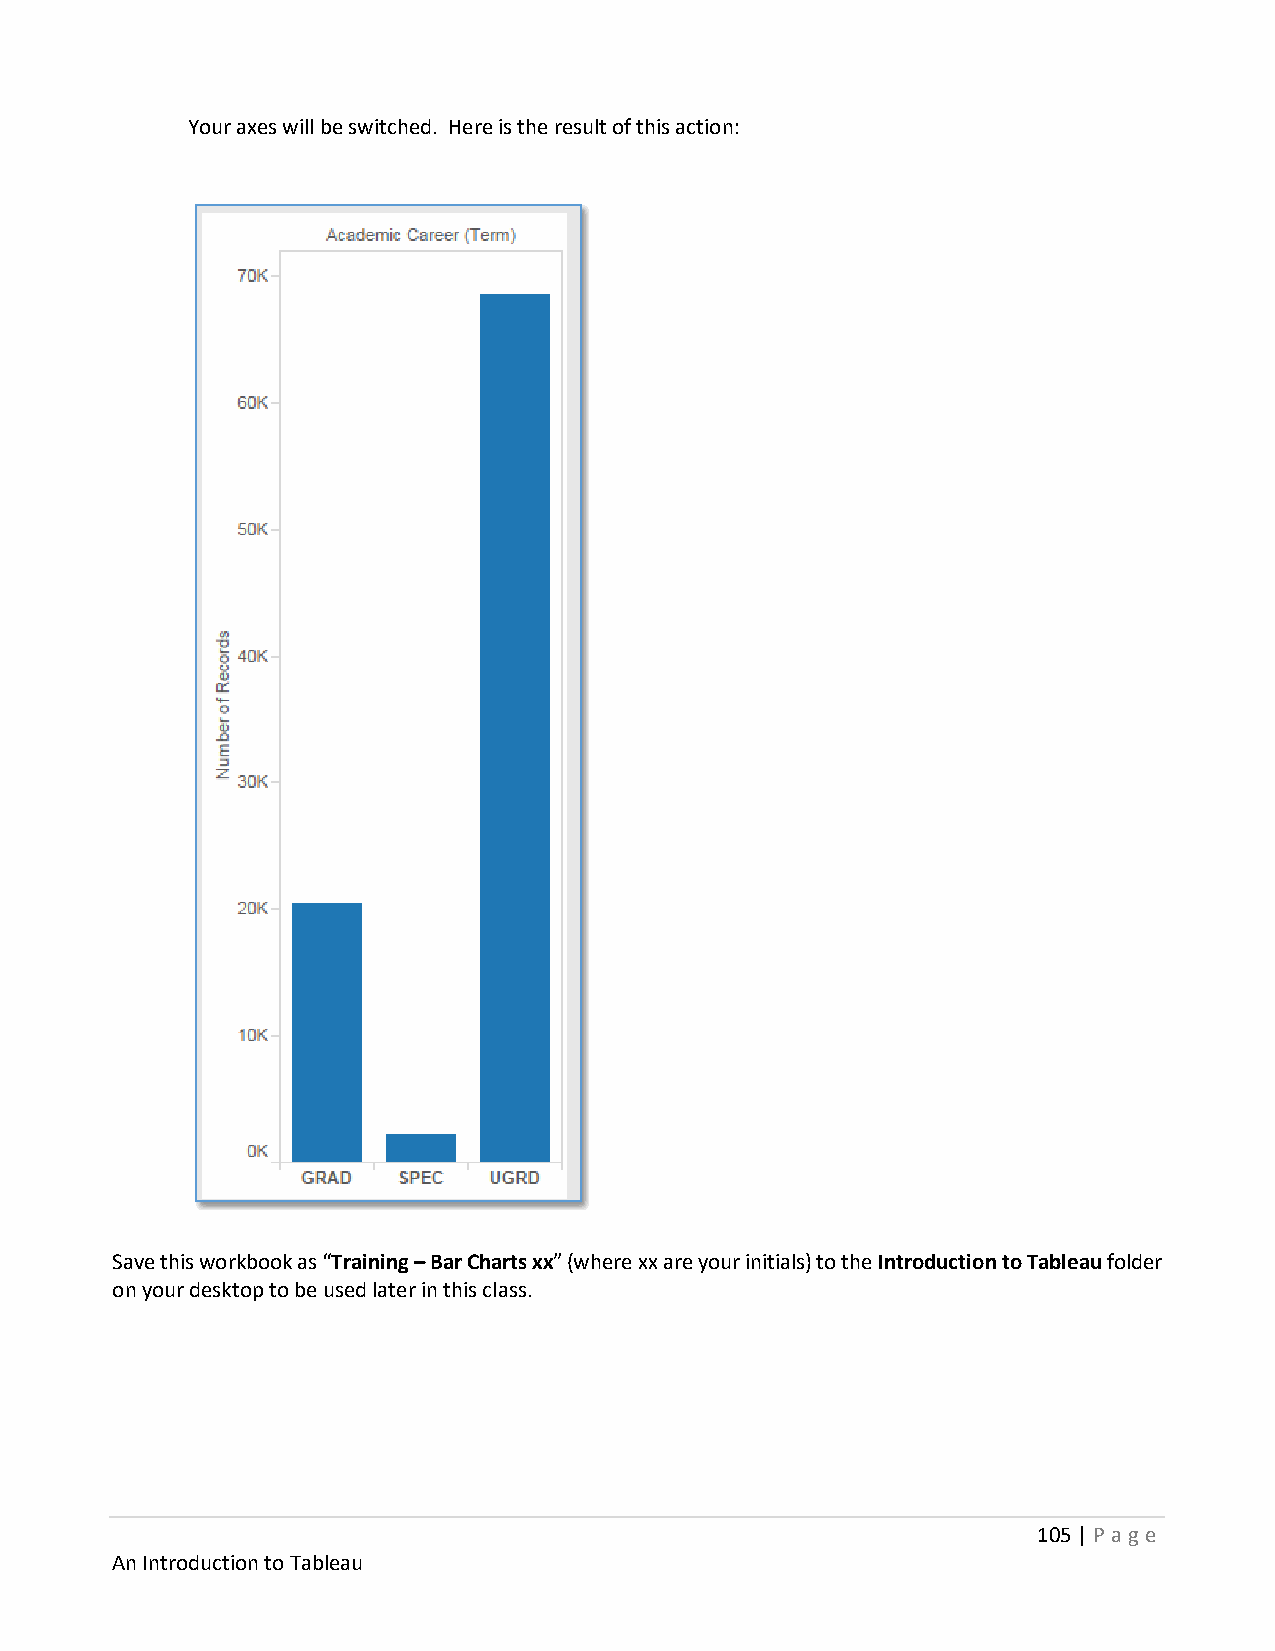
Your axes will be switched. Here is the result of this action:
 Save this workbook as “Training – Bar Charts xx” (where xx are your initials) to the Introduction to Tableau folder
 on your desktop to be used later in this class.
 105 | P age
 An Introduction to Tableau